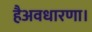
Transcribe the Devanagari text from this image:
हैअवधारणा।